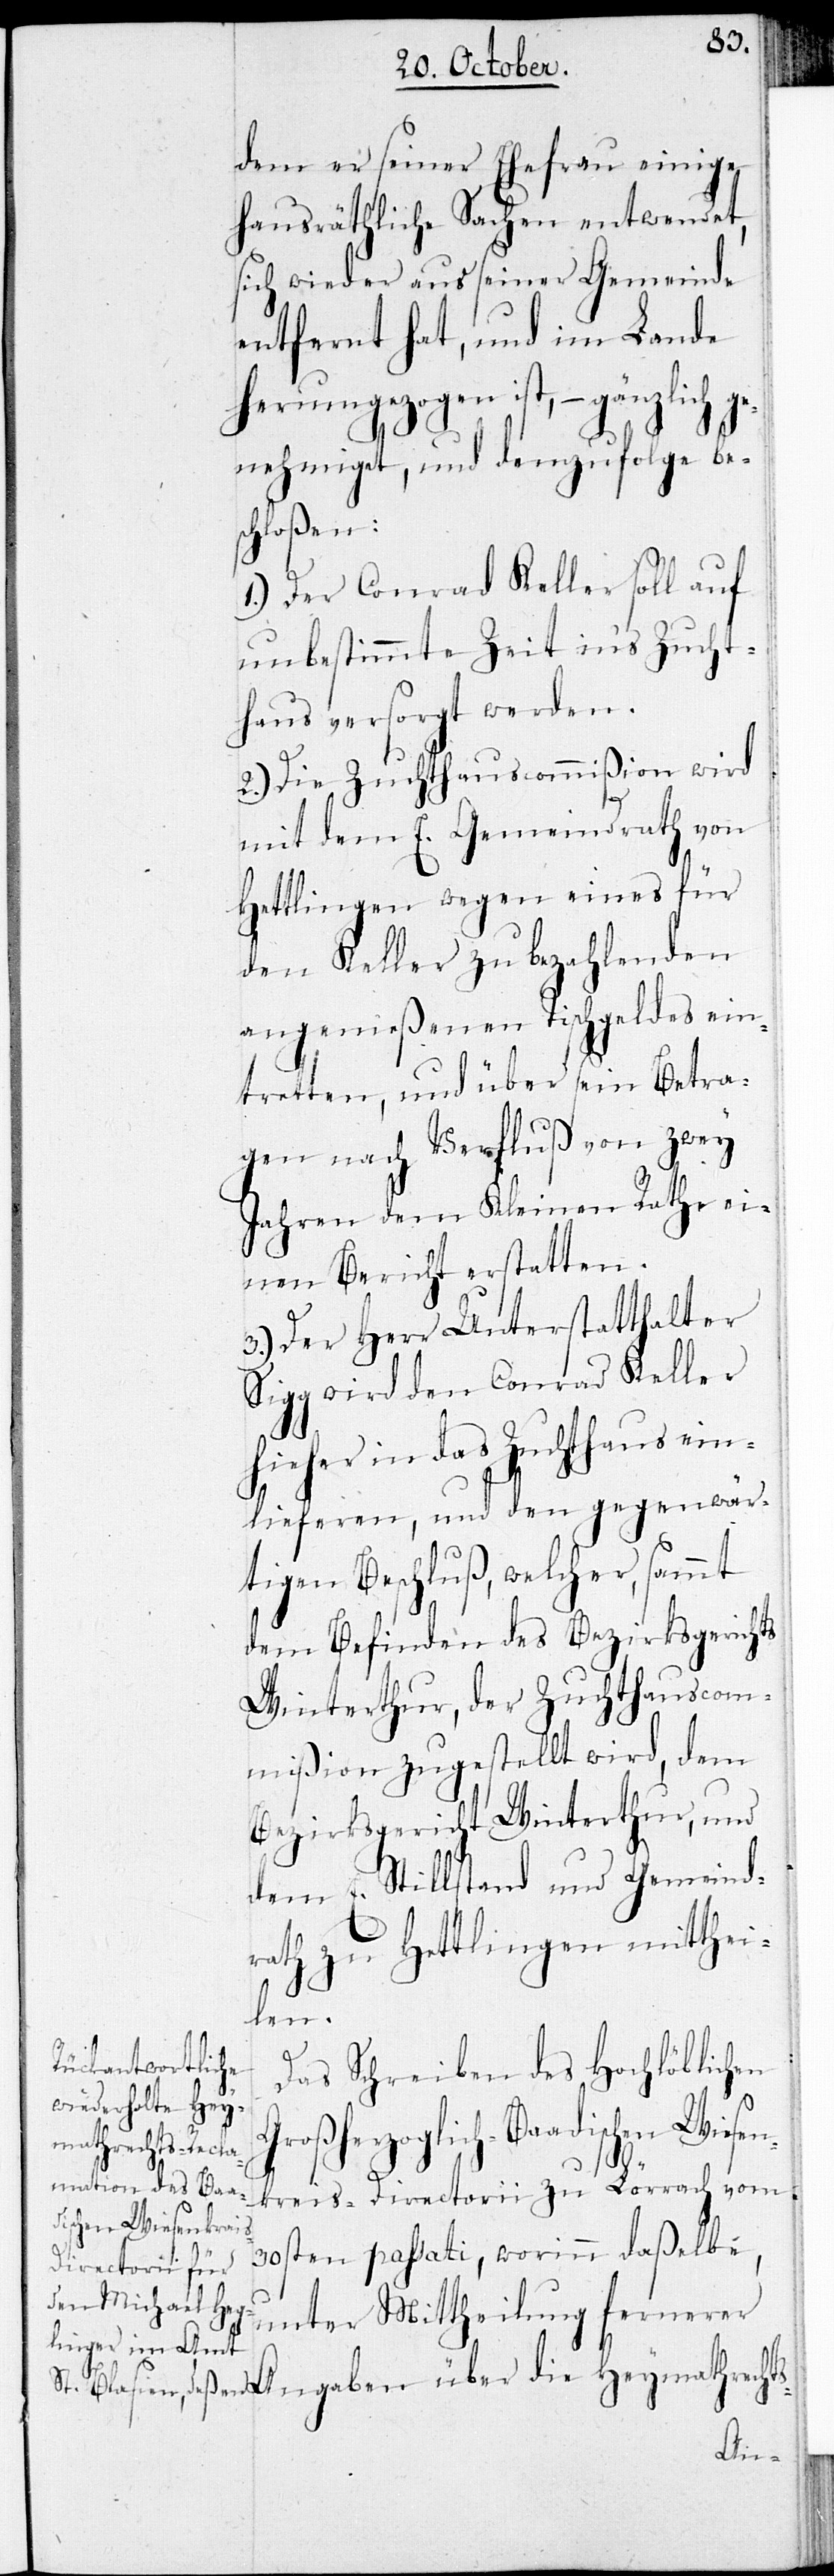
dem er seiner Ehefrau einige
hausräthliche Sachen entwendet,
sich wieder aus seiner Gemeinde
entfernt hat, und im Lande
herumgezogen ist, – gänzlich ge¬
nehmiget, und demzufolge be¬
schloßen:
1.) Der Conrad Keller soll auf
unbestimmte Zeit ins Zucht¬
haus versorgt werden.
2.) Die Zuchthauscommißion wird
mit dem E. Gemeindrath von
Hettlingen wegen eines für
den Keller zu bezahlenden
angemeßenen Tischgeldes ein¬
tretten, und über sein Betra¬
gen nach Verfluß von zwey
Jahren dem Kleinen Rathe ei¬
nen Bericht erstatten.
3.) Der Herr Unterstatthalter
Sigg wird den Conrad Keller
hieher in das Zuchthaus ein¬
lieferen, und den gegenwär¬
tigen Beschluß, welcher sammt
dem Befinden des Bezirksgerichts
Winterthur, der Zuchthauscom¬
mißion zugestellt wird, dem
Bezirksgericht Winterthur, und
dem E. Stillstand und Gemeind¬
rath zu Hettlingen mitthei¬
sen¬
Das Schreiben des Hochlöblichen
Großherzoglich-Baadischen
kreis-Directorii zu Lörrach vom
30sten passati, worinn daßelbe,
fernerer Angaben über die Heymathrechts-
Wie¬